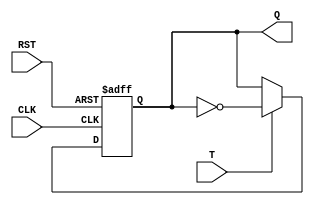
module t_flip_flop (
    input T,
    input CLK,
    input RST,
    output reg Q
);

always @(posedge CLK or posedge RST)
begin
    if (RST)
        Q <= 0;
    else if (T)
        Q <= ~Q;
end

endmodule